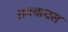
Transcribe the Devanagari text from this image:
अगयत्वस